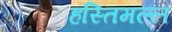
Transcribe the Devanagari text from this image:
हस्तिमल्ल